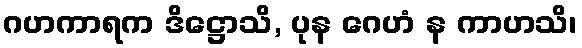
ဂဟကာရက ဒိဋ္ဌောသိ, ပုန ဂေဟံ န ကာဟသိ၊